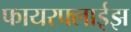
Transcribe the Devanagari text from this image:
फायरफ्लाईझ